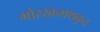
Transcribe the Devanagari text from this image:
गोरखनाथकृत